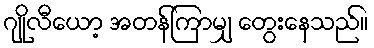
ဂျိုလီယော့ အတန်ကြာမျှ တွေးနေသည်။